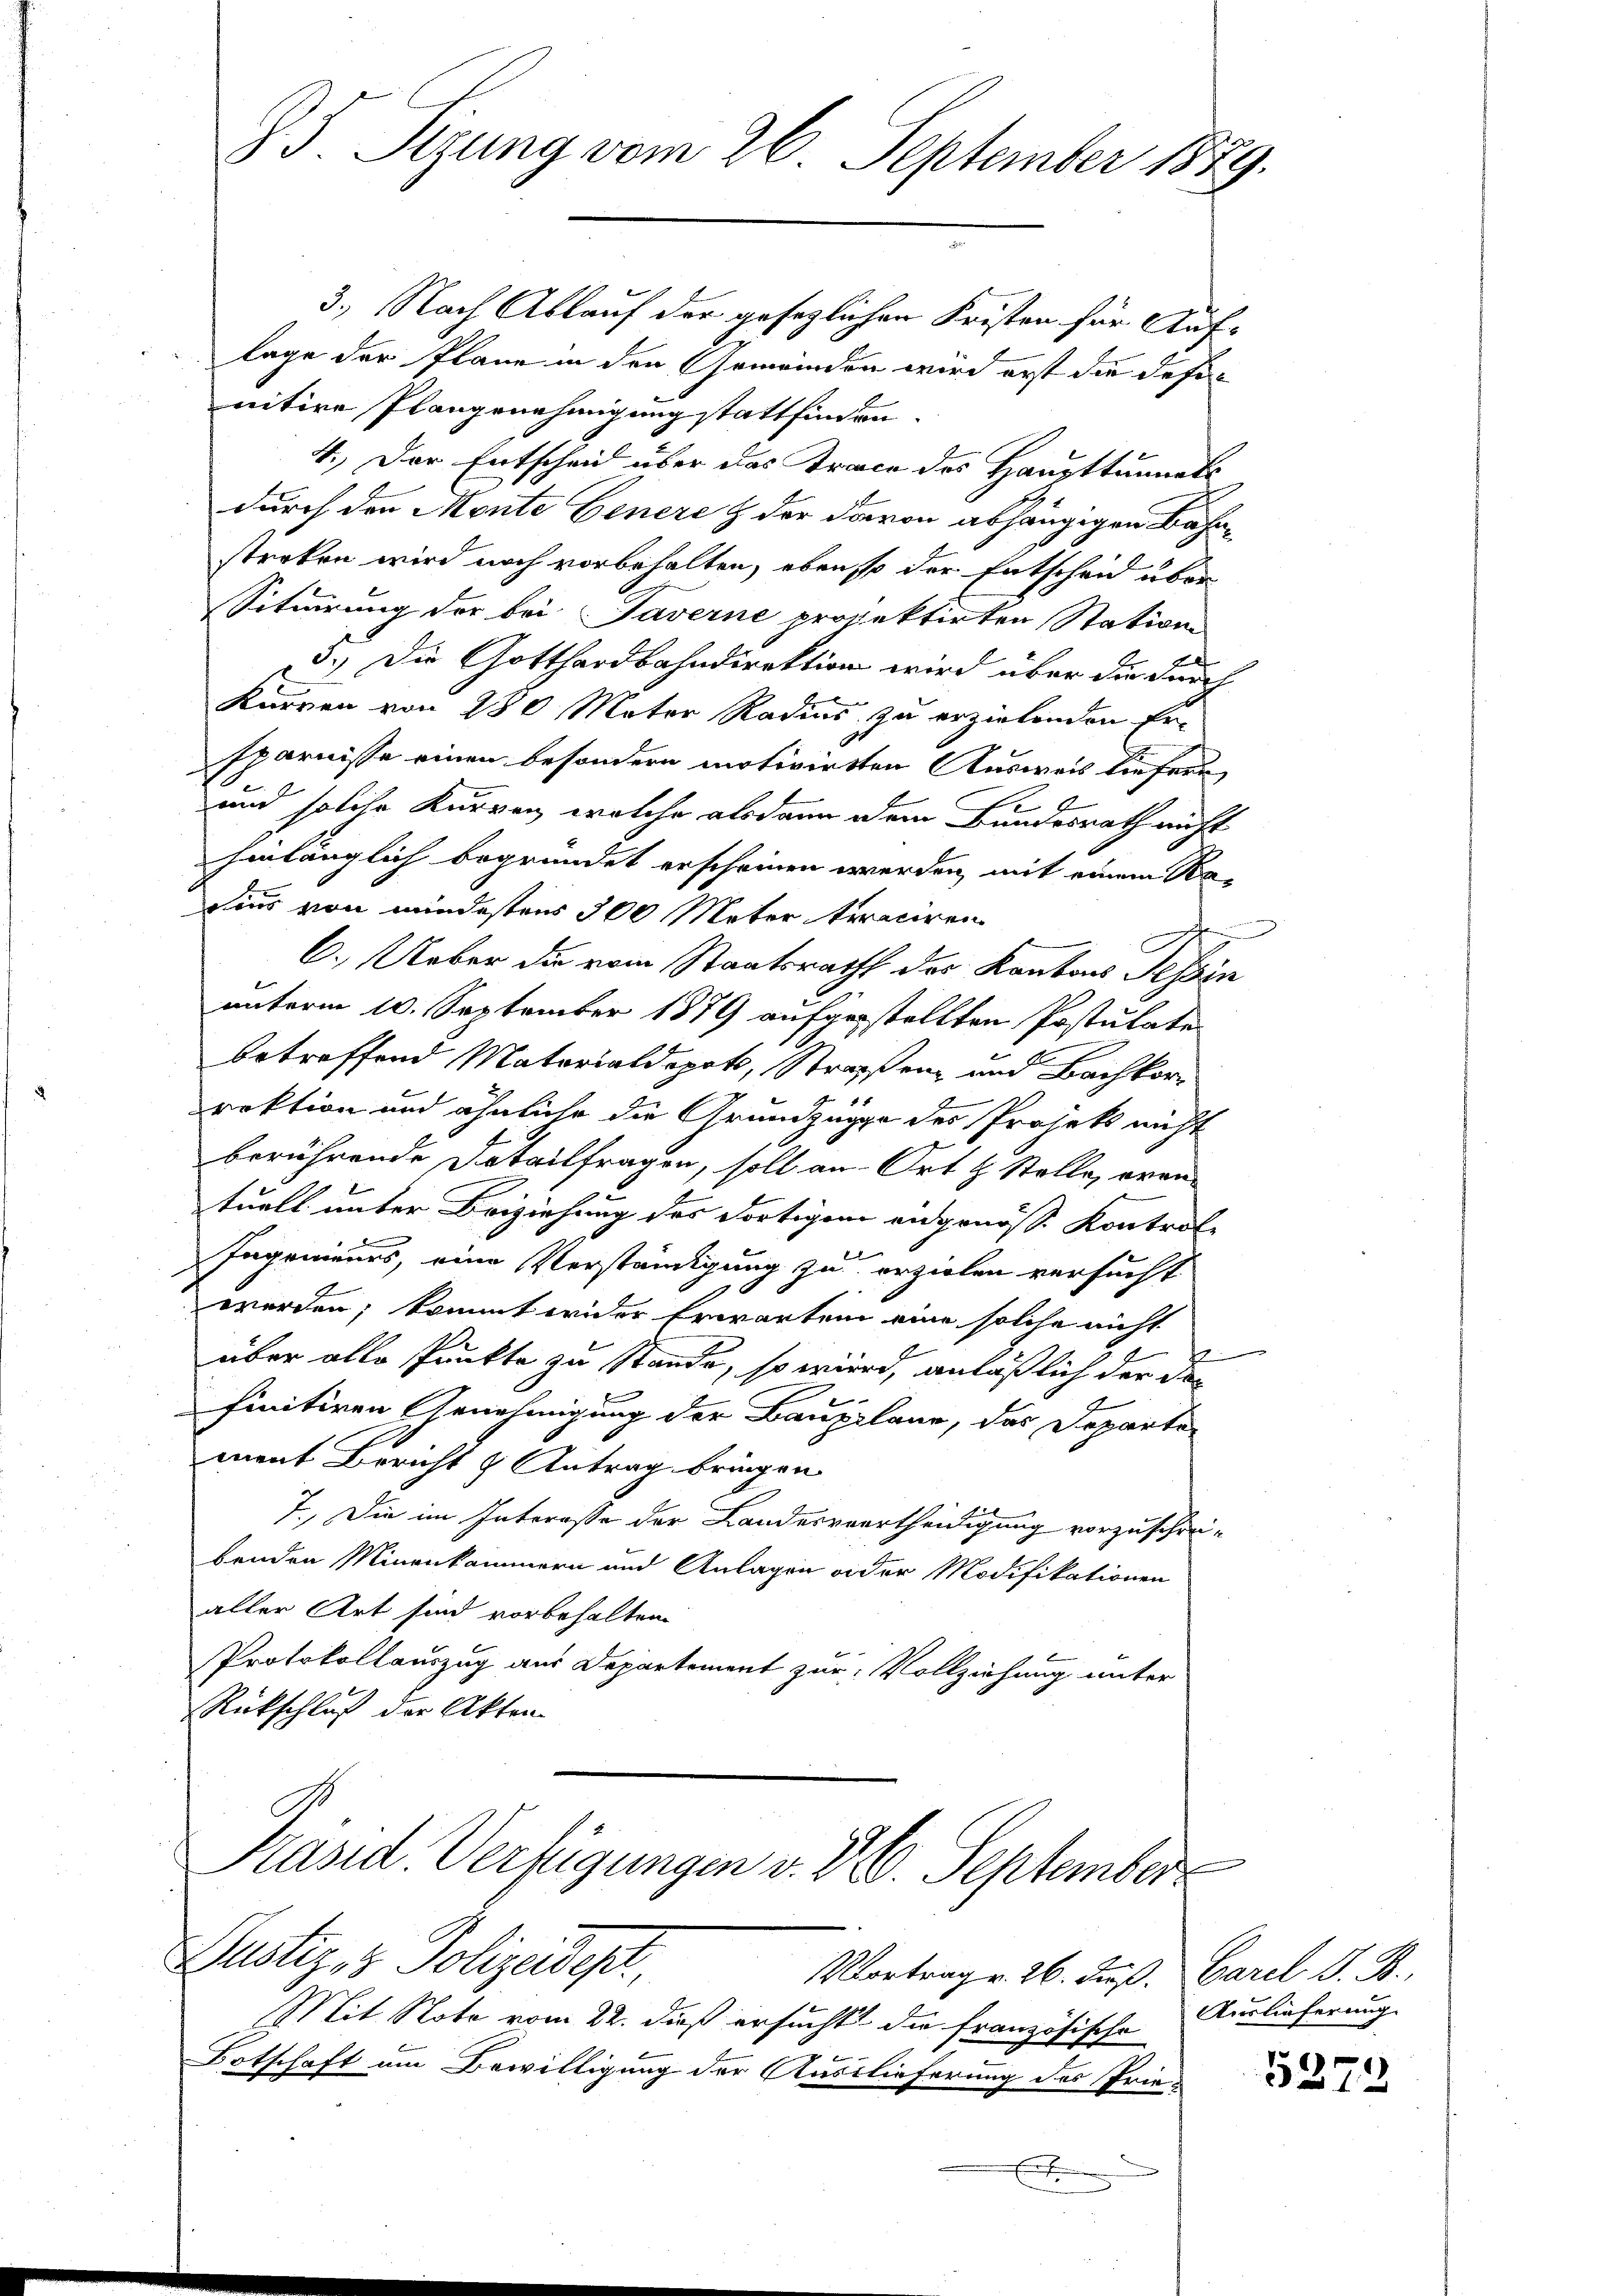
85. Sizung vom 26. September 1889.

3.) Nach Ablauf der gesezlichen Kristen für Auflage der Plane in den Gemeinden wird erst die defi
nitive Plangenehmigung stattfinden.
4.) Der Entscheid über das Trace des Haupttunnats
durch den Monte Genere & der davon abhängigen Bahnstreken wird noch vorbehalten, ebenso der Entscheid über
Situirung der bei Taverne projektirten Station
5.) Die Gotthardbahndirektion wird über die durch
Karren von 230 Mater Radius zu erzielenden Ersparnisse einen besondern motivirten Ausweis liefern,
und solche Kurren, welche alsdann dem Bundesrath nicht
hinlänglich begründet erscheinen werden, mit einem Ka-
Daus von mindestens 300 Meter traciren
C. Ueber die vom Staatsracht der Kantons Tessin
unterm 10. September 1879 aufgestellten Postulate
betreffend Materialdepot, Straßen und Bachkorrektion und ähnliche die Grundzüge des Projekt nicht
berührende Detailfragen, soll an Ort & Stelle, erantuell unter Beiziehung des dortigen angenöss. Kontrol-
Ingenieurs, eine Verständigung zu erzielen versucht
werden; kommt wider Erwarten eine solche nicht
d
über alle Punkte zu Stande, so wird, anläßlich der de
finitiven Genehmigung der Bauplane, das Departe
ment Bericht u Antrag bringen
7., Die im Interasse der Landesvertheidigung vorzuschreibenden Minenkammern und Anlagen oder Modifikationen
aller Art sind vorbehalten.
Protokollauszug aus Departement zur Vollziehung unter
Rückschluß der Akten.
Präsid. Verfügungen v. d. 6. September
Justiz & Polizeides,
Vortrag v. 26. Fuß.  Carl S. B.,
Mit Note vom 22. dieß ersucht die französische Auslieferung
Ortschaft am Bewilligung der Auslieferung des Prie-
E

5273